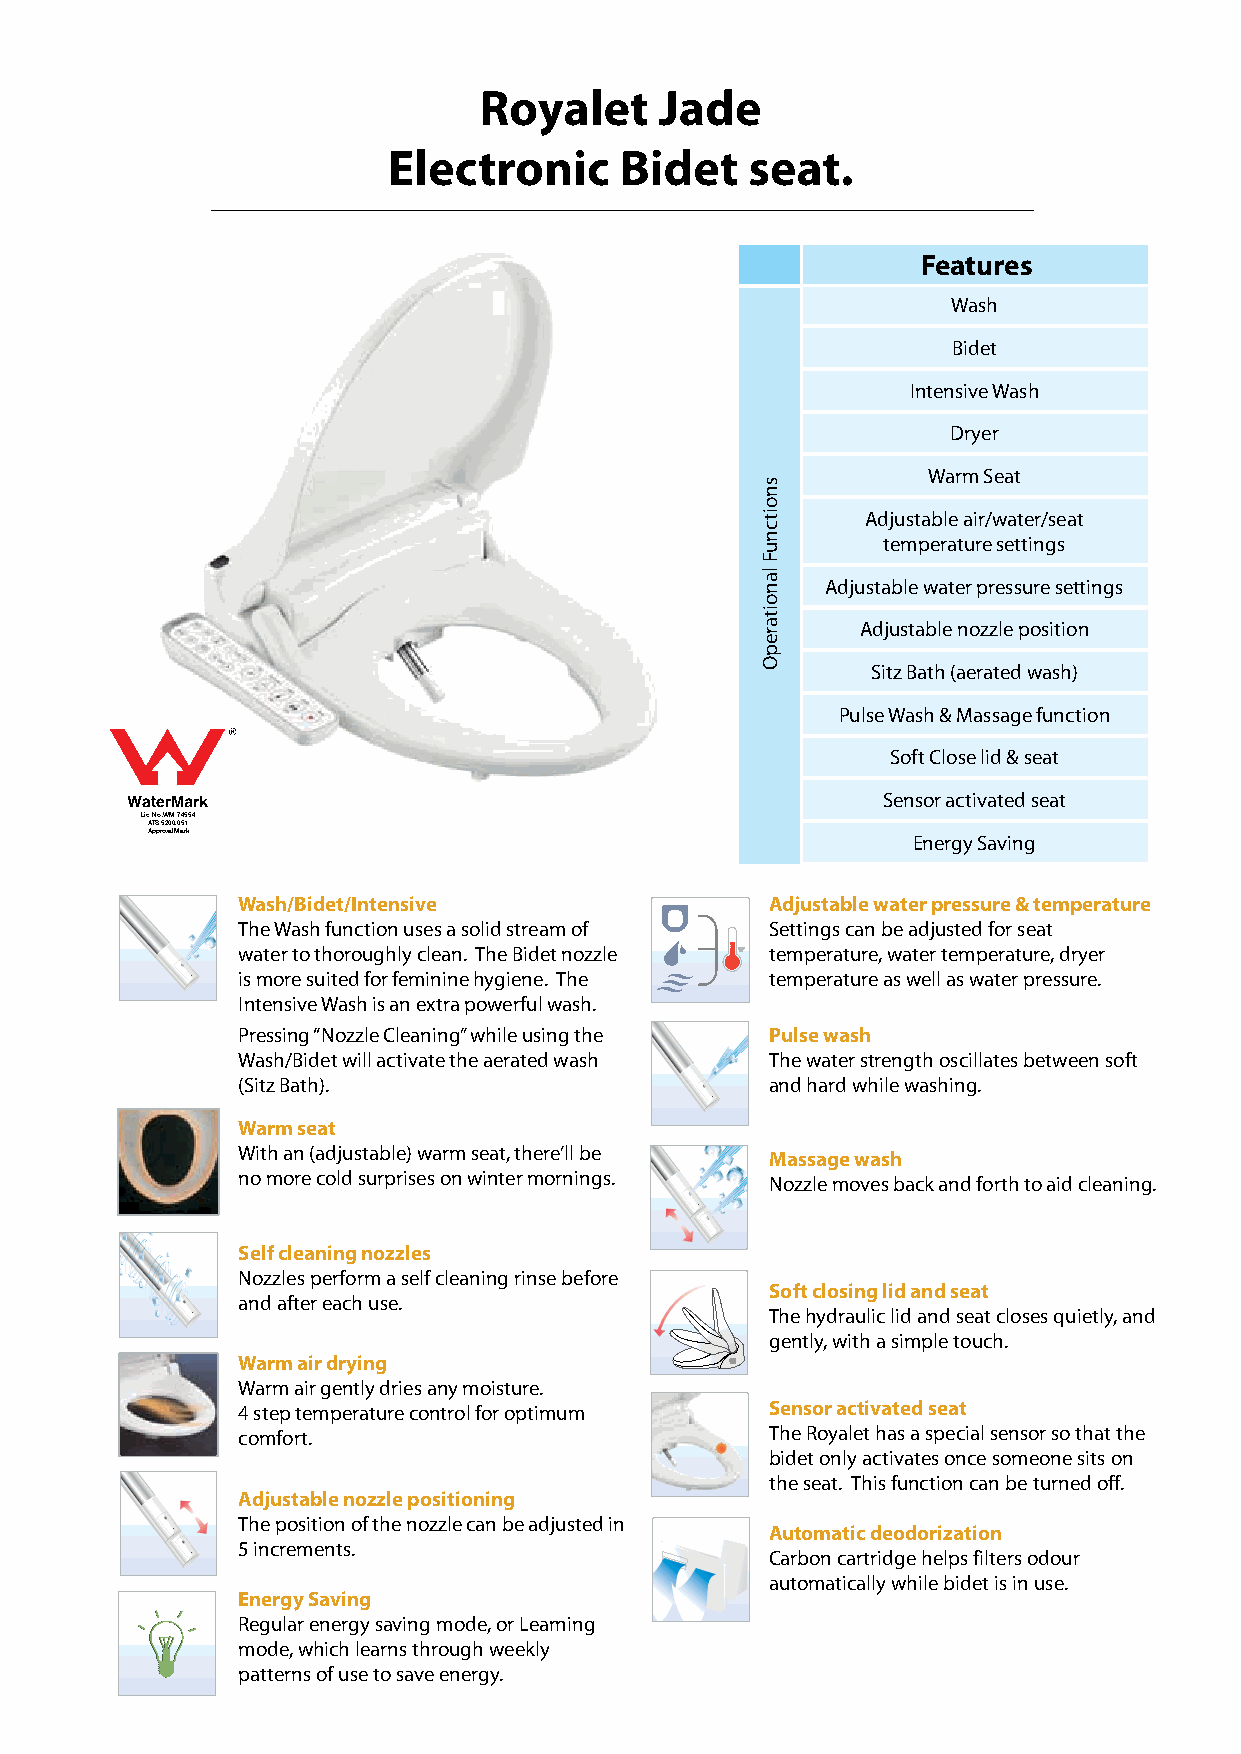
Royalet     Jade
 Electronic     Bidet    seat.
 Features
 Wash
 Bidet
 Intensive Wash
 Dryer
 Warm Seat
 Adjustable air/water/seat
 temperature settings
 Adjustable water pressure settings
 Adjustable nozzle position
 Sitz Bath (aerated wash)
 Pulse Wash & Massage function
 Soft Close lid & seat
 Sensor activated seat
 Lic No. WM 74554
 ATS 5200.051
 ApprovalMark
 Energy Saving
 Wash/Bidet/Intensive               Adjustable water pressure & temperature
 The Wash function uses a solid stream of Settings can be adjusted for seat
 water to thoroughly clean. The Bidet nozzle temperature, water temperature, dryer
 is more suited for feminine hygiene. The temperature as well as water pressure.
 Intensive Wash is an extra powerful wash.
 Pressing “Nozzle Cleaning” while using the Pulse wash
 Wash/Bidet will activate the aerated wash The water strength oscillates between soft
 (Sitz Bath).                       and hard while washing.
 Warm seat
 With an (adjustable) warm seat, there’ll be Massage wash
 no more cold surprises on winter mornings. Nozzle moves back and forth to aid cleaning.
 Self cleaning nozzles
 Nozzles perform a self cleaning rinse before
 Soft closing lid and seat
 and after each use.
 The hydraulic lid and seat closes quietly, and
 gently, with a simple touch.
 Warm air drying
 Warm air gently dries any moisture.
 4 step temperature control for optimum Sensor activated seat
 comfort.                           The Royalet has a special sensor so that the
 bidet only activates once someone sits on
 the seat. This function can be turned off.
 Adjustable nozzle positioning
 The position of the nozzle can be adjusted in
 Automatic deodorization
 5 increments.
 Carbon cartridge helps filters odour
 automatically while bidet is in use.
 Energy Saving
 Regular energy saving mode, or Learning
 mode, which learns through weekly
 patterns of use to save energy.
 snoitcnuF
 lanoitarepO